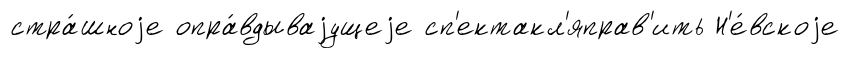
стра́шноjе опра́вдываjущеjе сп'ектакл'яправ'ить Н'е́вскоjе